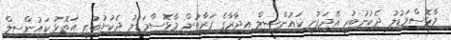
މާޅޮސްމަޑުލު ދެކުނުބުރީ އޭދަފުށީ ކައުންސިލް އިދާރާގެ ފަރާތުން މާޅޮސްމަޑުލު ދެކުނުބުރީ އަތޮޅު ކައުންސިލް